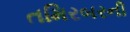
તમિરબરની